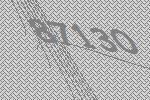
87130